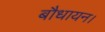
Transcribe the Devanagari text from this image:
बौधायन।